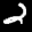
Label: 2